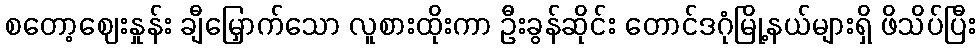
စတော့ဈေးနှုန်း ချီမြှောက်သော လူစားထိုးကာ ဦးခွန်ဆိုင်း တောင်ဒဂုံမြို့နယ်များရှိ ဖိသိပ်ပြီး